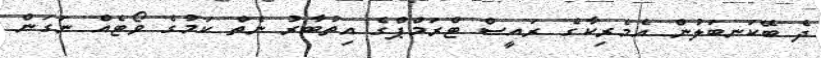
ދެ ބޭކަނބަލުން އެމެރިކާގެ ރައީސް ޓްރަމްޕްގެ އިތުބާރު ނެތް ކަމުގެ ވޯޓެއް ނަގަން